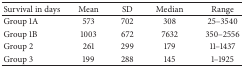
| Survival in days | Mean | SD | Median | Range |
 | --- | --- | --- | --- | --- |
 | Group 1A | 573 | 702 | 308 | 25–3540 |
 | Group 1B | 1003 | 672 | 7632 | 350–2556 |
 | Group 2 | 261 | 299 | 179 | 11–1437 |
 | Group 3 | 199 | 288 | 145 | 1–1925 |